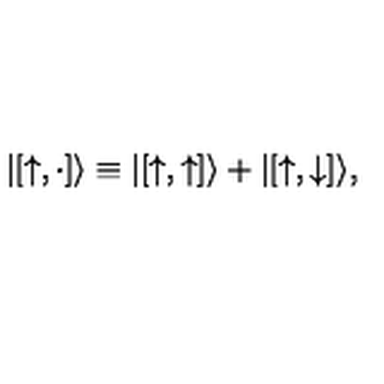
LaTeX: | [ { \uparrow } , \cdot ] \rangle \equiv | [ { \uparrow } , { \uparrow } ] \rangle + | [ { \uparrow } , { \downarrow } ] \rangle ,